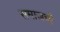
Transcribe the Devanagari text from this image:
समाजची